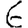
Digit: 6